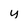
Character: y